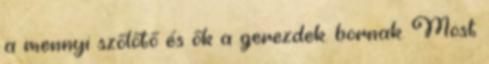
a mennyi szőlőtő és ők a gerezdek. bornak. Most